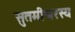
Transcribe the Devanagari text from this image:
सुतमीश्वरस्य